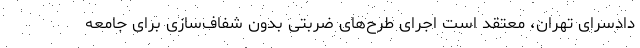
دادسرای تهران، معتقد است اجرای طرح‌های ضربتی بدون شفاف‌سازی برای جامعه